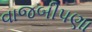
વાજબીપણા